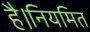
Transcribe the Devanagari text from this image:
है।नियमित